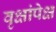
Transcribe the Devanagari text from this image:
वृक्षांपेक्ष